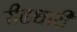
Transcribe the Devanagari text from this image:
रीढधारी